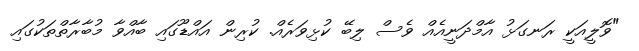
"ވޮލީއަކީ ރަނގަޅު އާމްދަނީއެއް ވެސް ލިބޭ ކުޅިވަރެއް. ކުރިން އަައްޑޫގައި ބާއްވާ މުބާރާތްތަކުގައި